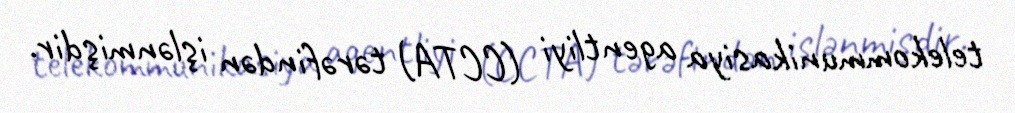
telekommunikasiya agentliyi (CCTA) tərəfindən işlənmişdir.